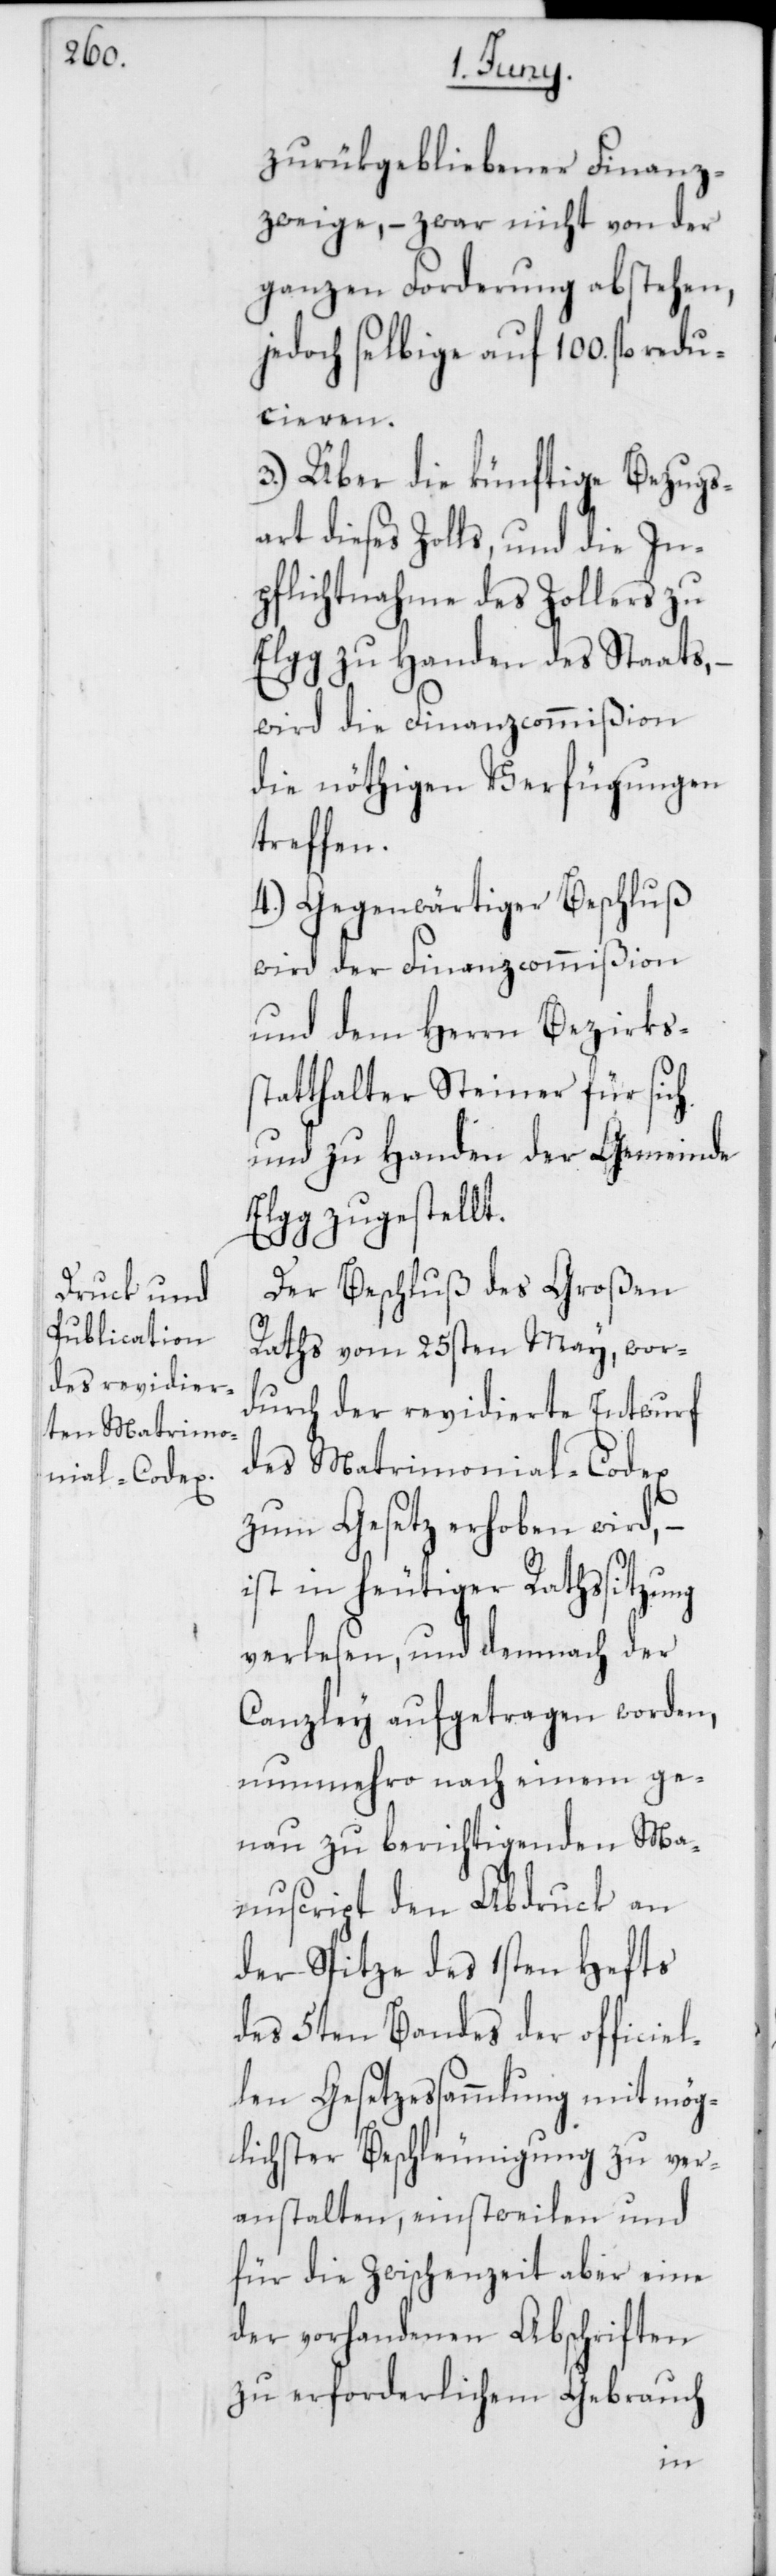
zurükgebliebener Finanz¬
zweige, – zwar nicht von der
ganzen Forderung abstehen,
jedoch selbige auf 100. fl. redu¬
cieren.
3.) Über die künftige Bezugs¬
art dieses Zolls, und die In¬
pflichtnahme des Zollers zu
Elgg zu Handen des Staats,
wird die Finanzcommißion
die nöthigen Verfügungen
treffen.
4.) Gegenwärtiger Beschluß
wird der Finanzcommißion
und dem Herrn Bezirks¬
statthalter Steiner für sich
und zu Handen der Gemeinde
Elgg zugestellt.
Der Beschluß des Großen
Raths vom 25sten May, wor¬
durch der revidierte Entwurf
des Matrimonial-Codex
zum Gesetz erhoben wird, –
ist in heutiger Rathssitzung
verlesen, und demnach der
Canzley aufgetragen worden,
nunmehro nach einem ge¬
nau zu berichtigenden Ma¬
nuscript den Abdruck an
der Spitze des 1sten Hefts
des 5ten Bandes der officiel¬
len Gesetzessammlung mit mög¬
lichster Beschleunigung zu ver¬
anstalten, einstweilen und
für die Zwischenzeit aber eine
der vorhandenen Abschriften
zu erforderlichem Gebrauch